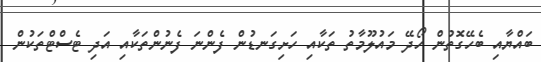
ބައްޔާއި ބެހޭގޮތުން ހޯދޭ މައުލޫމާތު ތަކާއި ހަށިގަނޑުން ފެންނަ ފެނުންތަކާއި އަދި ޓެސްޓްތަކުން